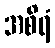
အစိရံ